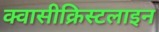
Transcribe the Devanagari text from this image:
क्वासीक्रिस्टलाइन